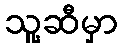
သူ့ဆီမှာ